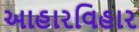
આહારવિહાર